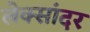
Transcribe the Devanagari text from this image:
लेक्सांदर